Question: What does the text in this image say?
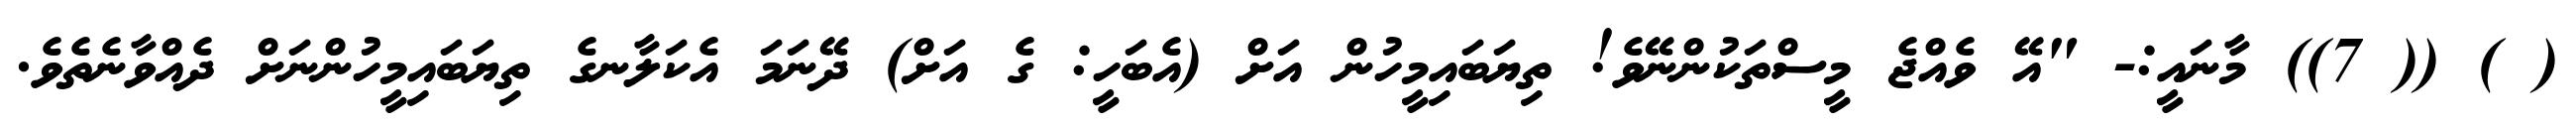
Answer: ( ) (( 7)) މާނައީ:- "އޭ ވެއްޖެ މީސްތަކުންނޭވެ! ތިޔަބައިމީހުން އަށް (އެބަހީ: ގެ އަށް) ދޭނަމަ އެކަލާނގެ ތިޔަބައިމީހުންނަށް ދެއްވާނެތެވެ.